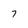
Character: 7